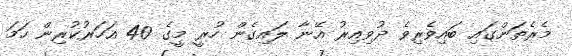
މެރެތަންގައި ބައިވެރިވެ ދުވިއިރު އޭނާ ލައިގެން ހުރީ މީގެ 40 އަހަރުކުރިން ހަމަ